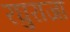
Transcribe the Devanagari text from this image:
रघुराजा